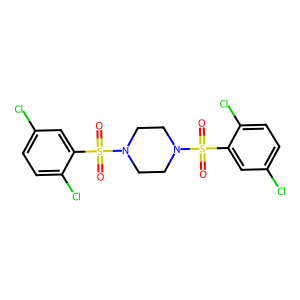
SMILES: O=S(=O)(c1cc(Cl)ccc1Cl)N1CCN(S(=O)(=O)c2cc(Cl)ccc2Cl)CC1
Inhibits HIV replication: No